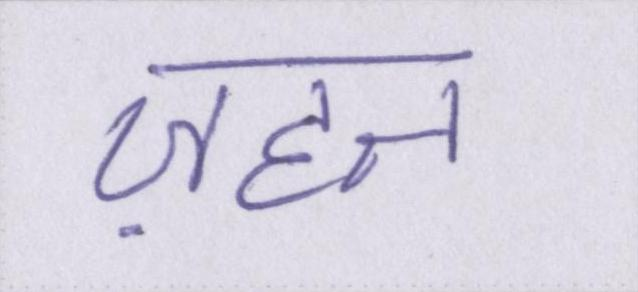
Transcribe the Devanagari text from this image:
ज़हन